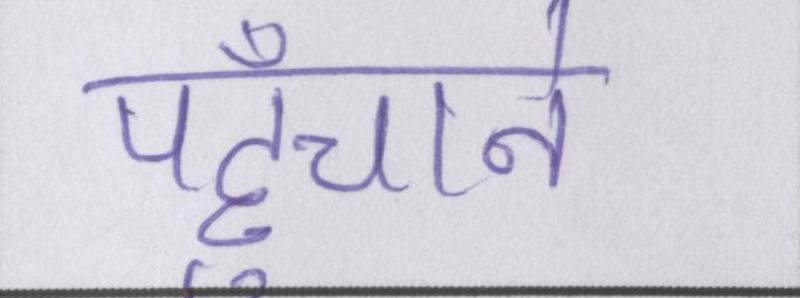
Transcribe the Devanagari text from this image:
पहुँचाने